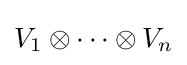
V_{1}\otimes \cdots \otimes V_{n}